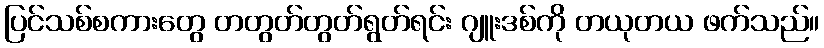
ပြင်သစ်စကားတွေ တတွတ်တွတ်ရွတ်ရင်း ဂျူးဒစ်ကို တယုတယ ဖက်သည်။